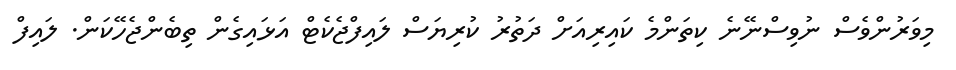
މިވަރުންވެސް ނުވިސްނޭނެ ކިތަންމެ ކައިރިއަށް ދަތުރު ކުރިޔަސް ލައިފްޖެކެޓް އަޅައިގެން ތިބެންޖެހޭކަން. ލައިފް